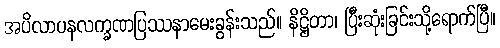
အပိလာပနလက္ခဏပြဿနာမေးခွန်းသည်။ နိဋ္ဌိတာ၊ ပြီးဆုံးခြင်းသို့ရောက်ပြီ။